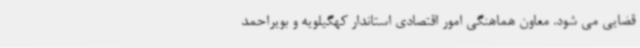
قضایی می شود. معاون هماهنگی امور اقتصادی استاندار کهگیلویه و بویراحمد